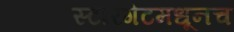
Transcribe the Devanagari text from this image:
स्टारगेटमधूनच